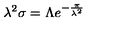
\lambda ^ { 2 } \sigma = \Lambda e ^ { - { \frac { \pi } { \lambda ^ { 2 } } } }